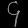
Digit: ၄